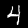
Label: 4